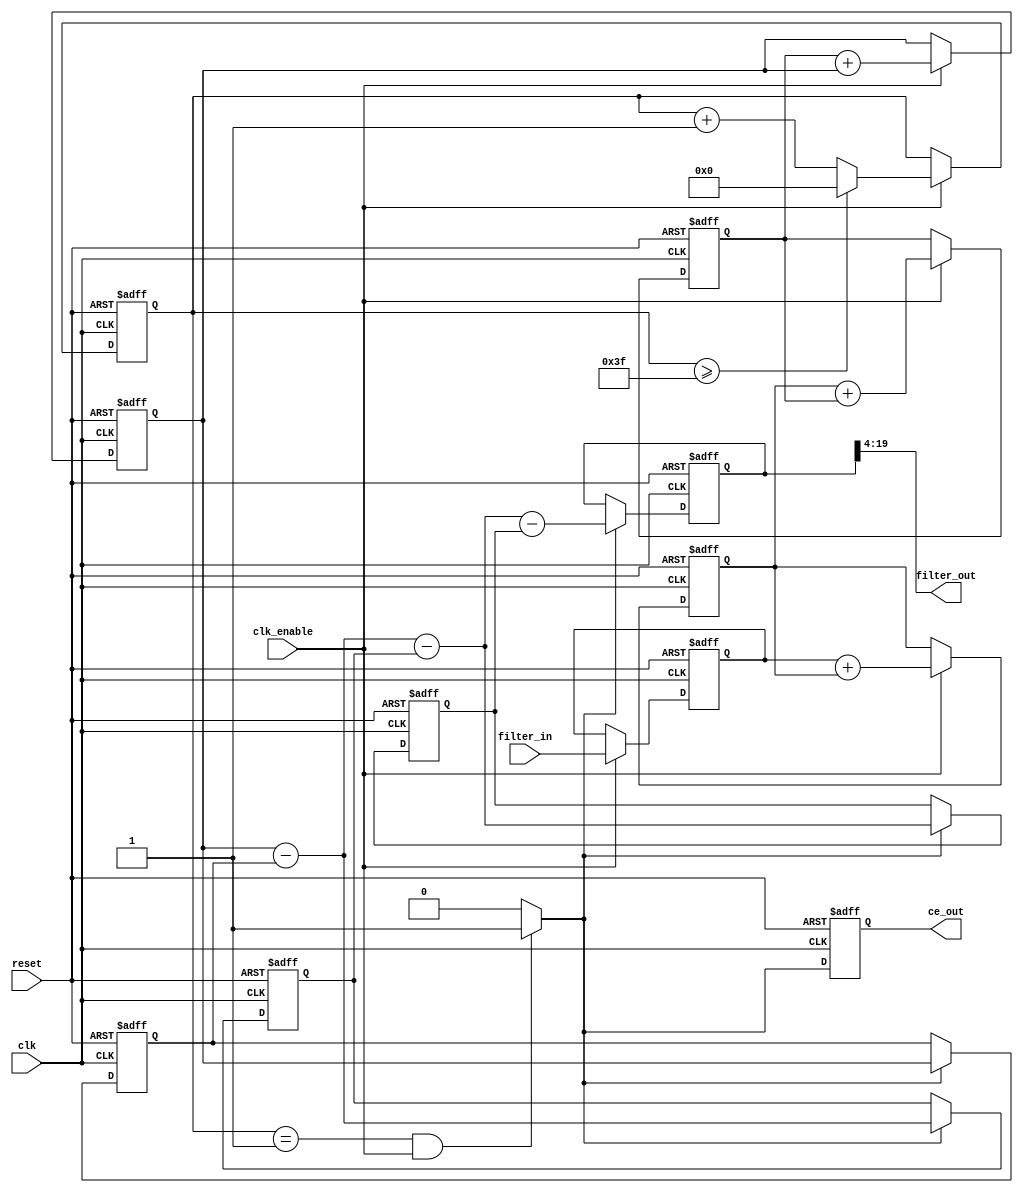
// -------------------------------------------------------------
//
// Module: CICDecimatorVerilogBlock
// Generated by MATLAB(R) 9.7 and Filter Design HDL Coder 3.1.6.
// Generated on: 2024-03-08 11:19:45
// -------------------------------------------------------------

// -------------------------------------------------------------
// HDL Code Generation Options:
//
// Name: CICDecimatorVerilogBlock
// InputDataType: numerictype(1,2,0)
// TargetLanguage: Verilog
// TestBenchName: CICDecimatorVerilogBlock_tb

// -------------------------------------------------------------
// HDL Implementation    : Fully parallel
// -------------------------------------------------------------
// Filter Settings:
//
// Discrete-Time FIR Multirate Filter (real)
// -----------------------------------------
// Filter Structure    : Cascaded Integrator-Comb Decimator
// Decimation Factor   : 64
// Differential Delay  : 1
// Number of Sections  : 3
// Stable              : Yes
// Linear Phase        : Yes (Type 2)
//
// -------------------------------------------------------------




`timescale 1 ns / 1 ns

module CICDecimatorVerilogBlock
               (
                clk,
                clk_enable,
                reset,
                filter_in,
                filter_out,
                ce_out
                );

  input   clk; 
  input   clk_enable; 
  input   reset; 
  input   signed [1:0] filter_in; //sfix2
  output  signed [15:0] filter_out; //sfix20
  output  ce_out; 

////////////////////////////////////////////////////////////////
//Module Architecture: CICDecimatorVerilogBlock
////////////////////////////////////////////////////////////////
  // Local Functions
  // Type Definitions
  // Constants
  // Signals
  reg  [5:0] cur_count; // ufix6
  wire phase_1; // boolean
  reg  ce_out_reg; // boolean
  //   
  reg  signed [1:0] input_register; // sfix2
  //   -- Section 1 Signals 
  wire signed [1:0] section_in1; // sfix2
  wire signed [19:0] section_cast1; // sfix20
  wire signed [19:0] sum1; // sfix20
  reg  signed [19:0] section_out1; // sfix20
  wire signed [19:0] add_cast; // sfix20
  wire signed [19:0] add_cast_1; // sfix20
  wire signed [20:0] add_temp; // sfix21
  //   -- Section 2 Signals 
  wire signed [19:0] section_in2; // sfix20
  wire signed [19:0] sum2; // sfix20
  reg  signed [19:0] section_out2; // sfix20
  wire signed [19:0] add_cast_2; // sfix20
  wire signed [19:0] add_cast_3; // sfix20
  wire signed [20:0] add_temp_1; // sfix21
  //   -- Section 3 Signals 
  wire signed [19:0] section_in3; // sfix20
  wire signed [19:0] sum3; // sfix20
  reg  signed [19:0] section_out3; // sfix20
  wire signed [19:0] add_cast_4; // sfix20
  wire signed [19:0] add_cast_5; // sfix20
  wire signed [20:0] add_temp_2; // sfix21
  //   -- Section 4 Signals 
  wire signed [19:0] section_in4; // sfix20
  reg  signed [19:0] diff1; // sfix20
  wire signed [19:0] section_out4; // sfix20
  wire signed [19:0] sub_cast; // sfix20
  wire signed [19:0] sub_cast_1; // sfix20
  wire signed [20:0] sub_temp; // sfix21
  //   -- Section 5 Signals 
  wire signed [19:0] section_in5; // sfix20
  reg  signed [19:0] diff2; // sfix20
  wire signed [19:0] section_out5; // sfix20
  wire signed [19:0] sub_cast_2; // sfix20
  wire signed [19:0] sub_cast_3; // sfix20
  wire signed [20:0] sub_temp_1; // sfix21
  //   -- Section 6 Signals 
  wire signed [19:0] section_in6; // sfix20
  reg  signed [19:0] diff3; // sfix20
  wire signed [19:0] section_out6; // sfix20
  wire signed [19:0] sub_cast_4; // sfix20
  wire signed [19:0] sub_cast_5; // sfix20
  wire signed [20:0] sub_temp_2; // sfix21
  //   
  reg  signed [19:0] output_register; // sfix20

  // Block Statements
  //   ------------------ CE Output Generation ------------------

  always @ (posedge clk or posedge reset)
    begin: ce_output
      if (reset == 1'b1) begin
        cur_count <= 6'b000000;
      end
      else begin
        if (clk_enable == 1'b1) begin
          if (cur_count >= 6'b111111) begin
            cur_count <= 6'b000000;
          end
          else begin
            cur_count <= cur_count + 6'b000001;
          end
        end
      end
    end // ce_output

  assign  phase_1 = (cur_count == 6'b000001 && clk_enable == 1'b1) ? 1'b1 : 1'b0;

  //   ------------------ CE Output Register ------------------

  always @ (posedge clk or posedge reset)
    begin: ce_output_register
      if (reset == 1'b1) begin
        ce_out_reg <= 1'b0;
      end
      else begin
          ce_out_reg <= phase_1;
      end
    end // ce_output_register

  //   ------------------ Input Register ------------------

  always @ (posedge clk or posedge reset)
    begin: input_reg_process
      if (reset == 1'b1) begin
        input_register <= 0;
      end
      else begin
        if (clk_enable == 1'b1) begin
          input_register <= filter_in;
        end
      end
    end // input_reg_process

  //   ------------------ Section # 1 : Integrator ------------------

  assign section_in1 = input_register;

  assign section_cast1 = $signed({{18{section_in1[1]}}, section_in1});

  assign add_cast = section_cast1;
  assign add_cast_1 = section_out1;
  assign add_temp = add_cast + add_cast_1;
  assign sum1 = add_temp[19:0];

  always @ (posedge clk or posedge reset)
    begin: integrator_delay_section1
      if (reset == 1'b1) begin
        section_out1 <= 0;
      end
      else begin
        if (clk_enable == 1'b1) begin
          section_out1 <= sum1;
        end
      end
    end // integrator_delay_section1

  //   ------------------ Section # 2 : Integrator ------------------

  assign section_in2 = section_out1;

  assign add_cast_2 = section_in2;
  assign add_cast_3 = section_out2;
  assign add_temp_1 = add_cast_2 + add_cast_3;
  assign sum2 = add_temp_1[19:0];

  always @ (posedge clk or posedge reset)
    begin: integrator_delay_section2
      if (reset == 1'b1) begin
        section_out2 <= 0;
      end
      else begin
        if (clk_enable == 1'b1) begin
          section_out2 <= sum2;
        end
      end
    end // integrator_delay_section2

  //   ------------------ Section # 3 : Integrator ------------------

  assign section_in3 = section_out2;

  assign add_cast_4 = section_in3;
  assign add_cast_5 = section_out3;
  assign add_temp_2 = add_cast_4 + add_cast_5;
  assign sum3 = add_temp_2[19:0];

  always @ (posedge clk or posedge reset)
    begin: integrator_delay_section3
      if (reset == 1'b1) begin
        section_out3 <= 0;
      end
      else begin
        if (clk_enable == 1'b1) begin
          section_out3 <= sum3;
        end
      end
    end // integrator_delay_section3

  //   ------------------ Section # 4 : Comb ------------------

  assign section_in4 = section_out3;

  assign sub_cast = section_in4;
  assign sub_cast_1 = diff1;
  assign sub_temp = sub_cast - sub_cast_1;
  assign section_out4 = sub_temp[19:0];

  always @ (posedge clk or posedge reset)
    begin: comb_delay_section4
      if (reset == 1'b1) begin
        diff1 <= 0;
      end
      else begin
        if (phase_1 == 1'b1) begin
          diff1 <= section_in4;
        end
      end
    end // comb_delay_section4

  //   ------------------ Section # 5 : Comb ------------------

  assign section_in5 = section_out4;

  assign sub_cast_2 = section_in5;
  assign sub_cast_3 = diff2;
  assign sub_temp_1 = sub_cast_2 - sub_cast_3;
  assign section_out5 = sub_temp_1[19:0];

  always @ (posedge clk or posedge reset)
    begin: comb_delay_section5
      if (reset == 1'b1) begin
        diff2 <= 0;
      end
      else begin
        if (phase_1 == 1'b1) begin
          diff2 <= section_in5;
        end
      end
    end // comb_delay_section5

  //   ------------------ Section # 6 : Comb ------------------

  assign section_in6 = section_out5;

  assign sub_cast_4 = section_in6;
  assign sub_cast_5 = diff3;
  assign sub_temp_2 = sub_cast_4 - sub_cast_5;
  assign section_out6 = sub_temp_2[19:0];

  always @ (posedge clk or posedge reset)
    begin: comb_delay_section6
      if (reset == 1'b1) begin
        diff3 <= 0;
      end
      else begin
        if (phase_1 == 1'b1) begin
          diff3 <= section_in6;
        end
      end
    end // comb_delay_section6

  //   ------------------ Output Register ------------------

  always @ (posedge clk or posedge reset)
    begin: output_reg_process
      if (reset == 1'b1) begin
        output_register <= 0;
      end
      else begin
        if (phase_1 == 1'b1) begin
          output_register <= section_out6;
        end
      end
    end // output_reg_process

  // Assignment Statements
  assign ce_out = ce_out_reg;
  assign filter_out = output_register[19:4];
endmodule  // CICDecimatorVerilogBlock